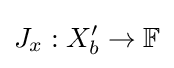
J_{x}:X_{b}^{\prime }\to \mathbb {F}